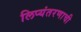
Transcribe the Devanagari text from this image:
लिप्यंतरणाची